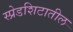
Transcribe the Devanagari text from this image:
स्प्रेडशिटातील